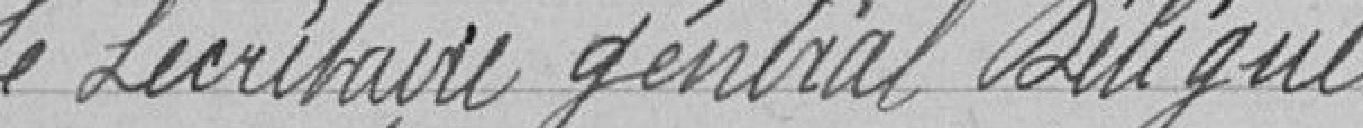
Le secrétaire général délégué